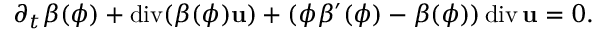
\partial _ { t } \beta ( \phi ) + \mathrm { d i v } ( \beta ( \phi ) { \bf u } ) + ( \phi \beta ^ { \prime } ( \phi ) - \beta ( \phi ) ) \, \mathrm { d i v } \, { \bf u } = 0 .